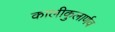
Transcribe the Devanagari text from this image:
कालीकुलार्णव